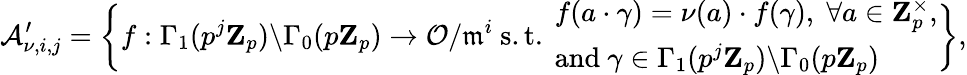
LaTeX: \mathcal{A}_{\nu,i,j}^{\prime}=\left\{ f:\Gamma_{1}(p^{j}\mathbf{Z}_{p})\backslash\Gamma_{0}(p\mathbf{Z}_{p})\rightarrow\mathcal{O}/\mathfrak{m}^{i}\mathrm{~s.t.~}\begin{array}{l}{f(a\cdot\gamma)=\nu(a)\cdot f(\gamma),\; \forall a\in\mathbf{Z}_{p}^{\times},}\\ {\mathrm{and~}\gamma\in\Gamma_{1}(p^{j}\mathbf{Z}_{p})\backslash\Gamma_{0}(p\mathbf{Z}_{p})}\end{array}\right\} ,